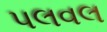
પલવલ